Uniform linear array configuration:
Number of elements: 8
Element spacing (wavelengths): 1
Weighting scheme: hamming
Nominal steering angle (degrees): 60
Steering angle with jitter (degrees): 58.063
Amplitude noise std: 0.05
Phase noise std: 0.05

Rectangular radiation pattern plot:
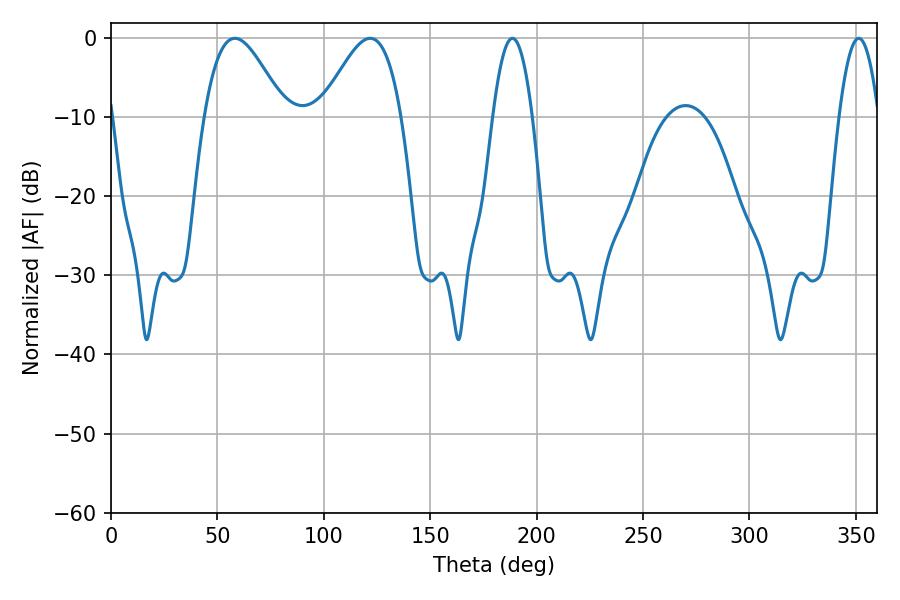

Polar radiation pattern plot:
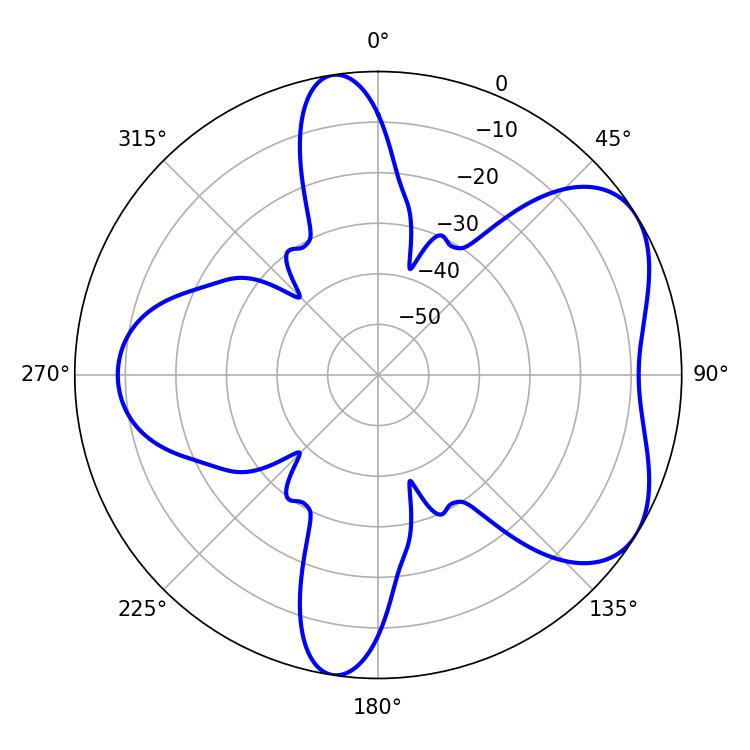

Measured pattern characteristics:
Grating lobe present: TRUE
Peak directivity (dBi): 5.388
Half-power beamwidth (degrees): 10.08
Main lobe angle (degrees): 188.64